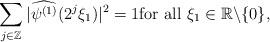
LaTeX: \begin{align*} \sum_{j\in\Bbb{Z}} |\widehat{\psi^{(1)}}(2^{j}\xi_1 )|^2=1\mbox{for all }\xi_1\in \Bbb{R}\backslash\{0\},\end{align*}